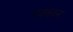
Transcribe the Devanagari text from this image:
गजवदन